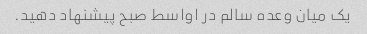
یک میان وعده سالم در اواسط صبح پیشنهاد دهید.